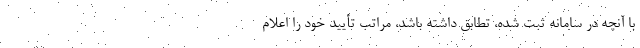
با آنچه در سامانه ثبت شده، تطابق داشته باشد، مراتب تأیید خود را اعلام